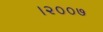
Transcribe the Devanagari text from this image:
।२००७